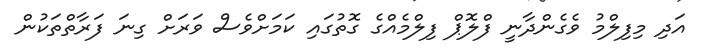
އަދި މިފިލްމު ވެގެންދާނީ ފްލޮޕް ފިލްމެއްގެ ގޮތުގައި ކަމަށްވެސް ވަރަށް ގިނަ ފަރާތްތަކުން